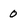
Character: 0